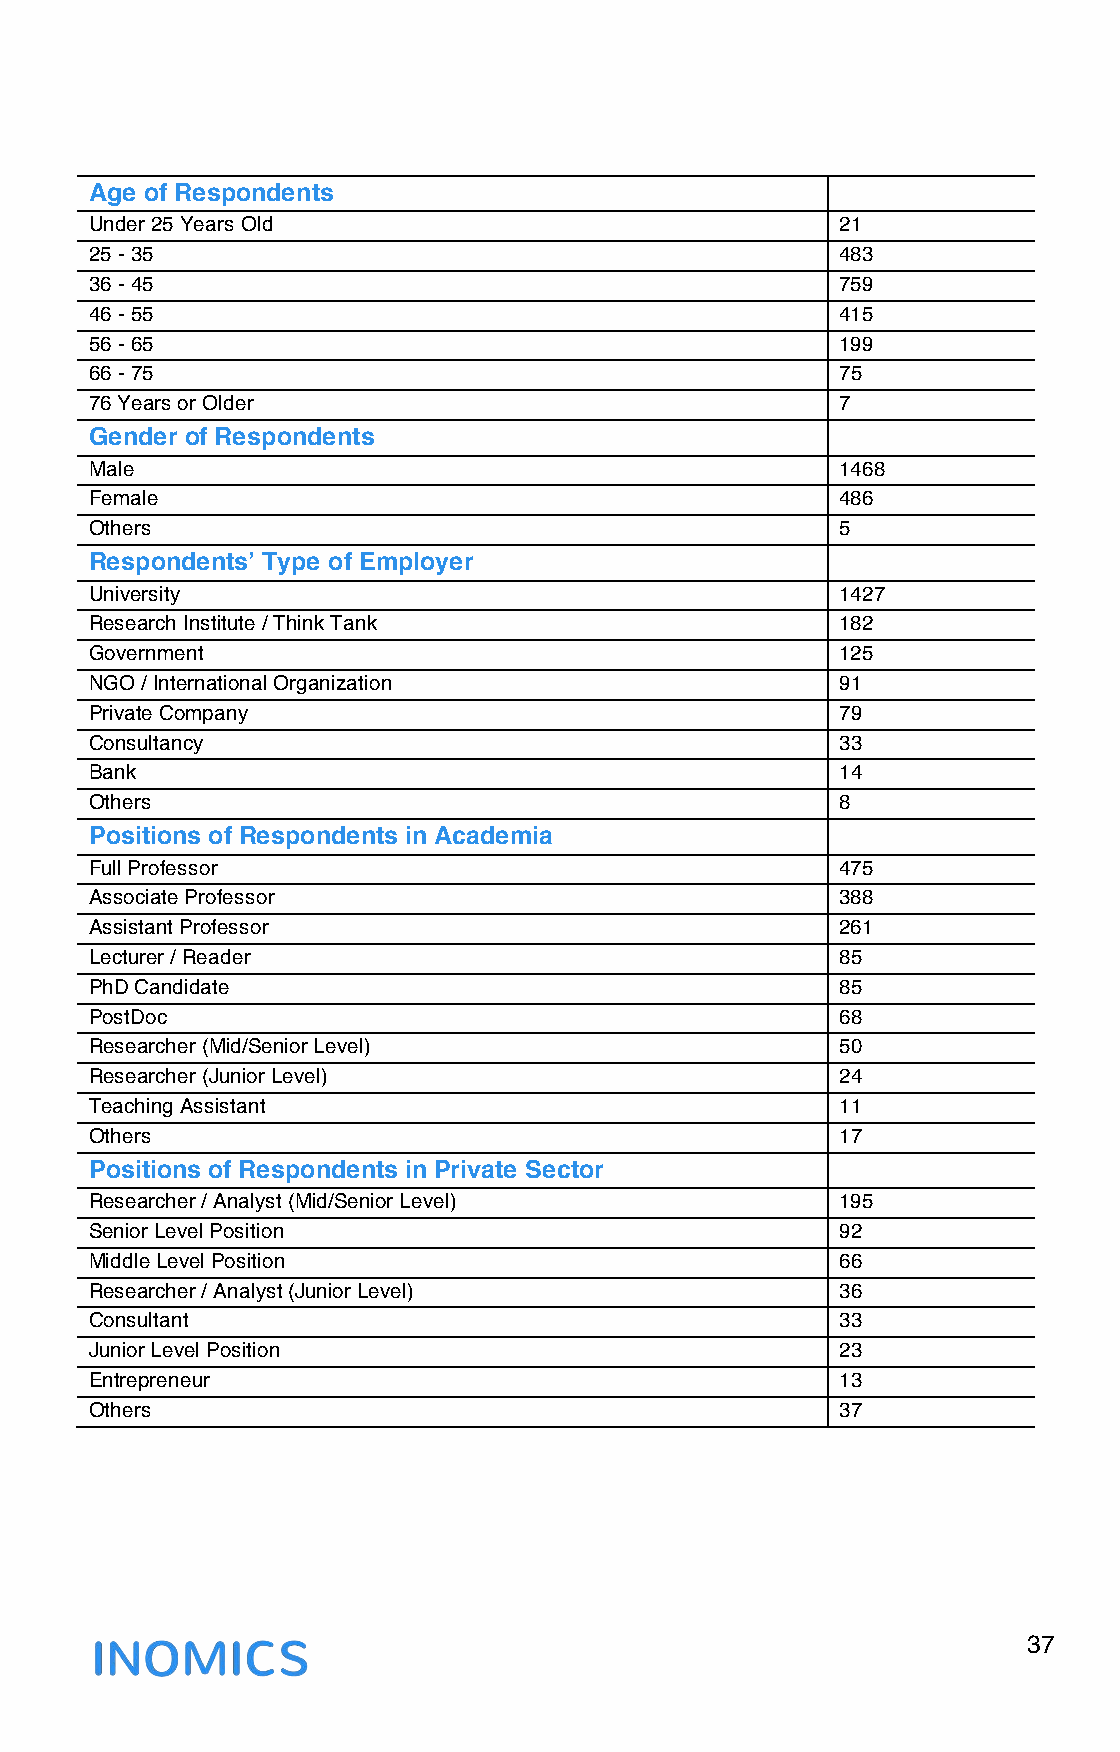
Age of Respondents
 Under 25 Years Old                               21
 25 - 35                                          483
 36 - 45                                          759
 46 - 55                                          415
 56 - 65                                          199
 66 - 75                                          75
 76 Years or Older                                7
 Gender of Respondents
 Male                                             1468
 Female                                           486
 Others                                           5
 Respondents’ Type of Employer
 University                                       1427
 Research Institute / Think Tank                  182
 Government                                       125
 NGO / International Organization                 91
 Private Company                                  79
 Consultancy                                      33
 Bank                                             14
 Others                                           8
 Positions of Respondents in Academia
 Full Professor                                   475
 Associate Professor                              388
 Assistant Professor                              261
 Lecturer / Reader                                85
 PhD Candidate                                    85
 PostDoc                                          68
 Researcher (Mid/Senior Level)                    50
 Researcher (Junior Level)                        24
 Teaching Assistant                               11
 Others                                           17
 Positions of Respondents in Private Sector
 Researcher / Analyst (Mid/Senior Level)          195
 Senior Level Position                            92
 Middle Level Position                            66
 Researcher / Analyst (Junior Level)              36
 Consultant                                       33
 Junior Level Position                            23
 Entrepreneur                                     13
 Others                                           37
 37
 !